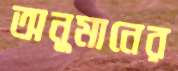
অনুমানের